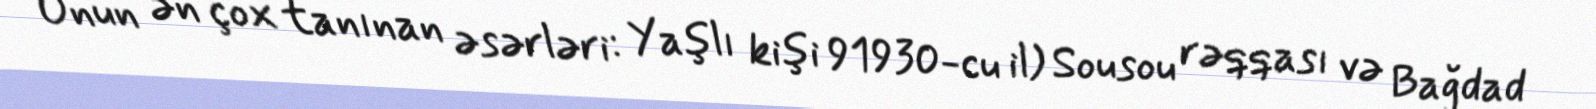
Onun ən çox tanınan əsərləri: Yaşlı kişi 91930-cu il) Sousou rəqqası və Bağdad